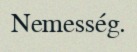
Nemesség.